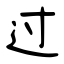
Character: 过